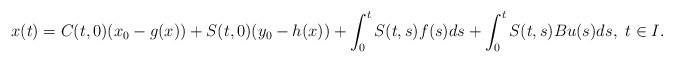
\begin{align*}x(t)=C(t,0)(x_0-g(x))+S(t,0)(y_0-h(x))+\int_0^tS(t,s)f(s)ds+\int_0^tS(t,s)Bu(s)ds,\ t\in I.\end{align*}